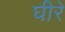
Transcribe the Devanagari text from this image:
घीरे